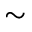
\sim